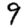
Digit: 9